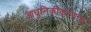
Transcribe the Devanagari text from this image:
आधुनिकीकरणास